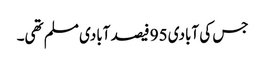
جس کی آبادی 95 فیصد آبادی مسلم تھی۔